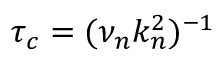
\tau _ { c } = ( \nu _ { n } k _ { n } ^ { 2 } ) ^ { - 1 }